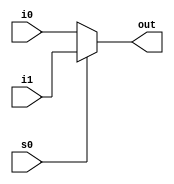
`timescale 1ns / 1ps
//////////////////////////////////////////////////////////////////////////////////
// Company: 
// Engineer: 
// 
// Design Name: 
// Module Name:    Mux2inLogical 
// Project Name: 
// Target Devices: 
// Tool versions: 
// Description: 
//
// Dependencies: 
//
// Revision: 
// Revision 0.01 - File Created
// Additional Comments: 
//
//////////////////////////////////////////////////////////////////////////////////
module Mux2inLogical(out, i0,i1,s0);
input i0, i1;
input s0;
output out;
assign out = s0?i1:i0;
endmodule